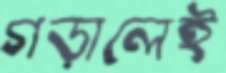
গড়ালেই